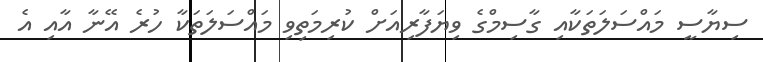
ސިޔާސީ މައްސަލަތަކާއި ގާސިމްގެ ވިޔަފާރިއަށް ކުރިމަތިވި މައްސަލަތަކާ ހުރެ އޭނާ އާއި އެ